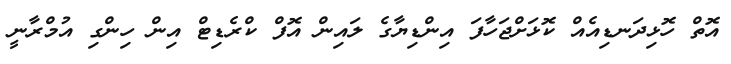
އޮތް ހޮޅިދަނޑިއެއް ކޮޅަށްޖަހާފަ އިންޑިޔާގެ ލައިން އޮފް ކްރެޑިޓް އިން ހިންގި އުމްރާނީ